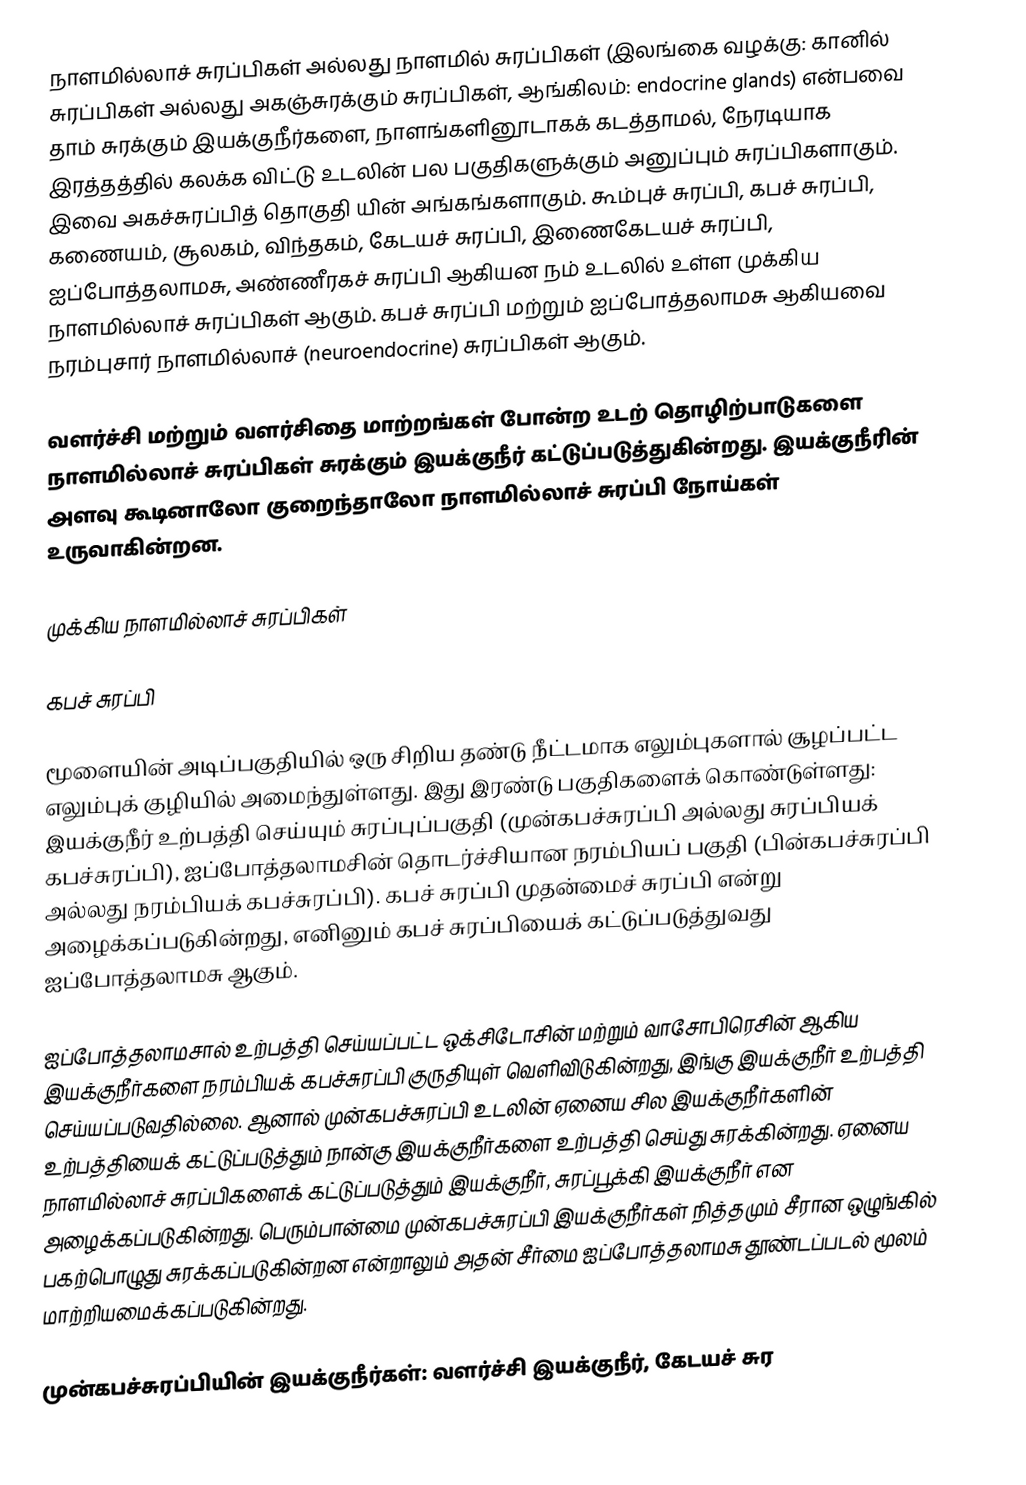
நாளமில்லாச் சுரப்பிகள் அல்லது நாளமில் சுரப்பிகள் (இலங்கை வழக்கு: கானில் சுரப்பிகள் அல்லது அகஞ்சுரக்கும் சுரப்பிகள், ஆங்கிலம்: endocrine glands) என்பவை தாம் சுரக்கும் இயக்குநீர்களை, நாளங்களினூடாகக் கடத்தாமல், நேரடியாக இரத்தத்தில் கலக்க விட்டு உடலின் பல பகுதிகளுக்கும் அனுப்பும் சுரப்பிகளாகும். இவை அகச்சுரப்பித் தொகுதி யின் அங்கங்களாகும். கூம்புச் சுரப்பி, கபச் சுரப்பி, கணையம், சூலகம், விந்தகம், கேடயச் சுரப்பி, இணைகேடயச் சுரப்பி, ஐப்போத்தலாமசு, அண்ணீரகச் சுரப்பி ஆகியன நம் உடலில் உள்ள முக்கிய நாளமில்லாச் சுரப்பிகள் ஆகும்.  கபச் சுரப்பி மற்றும் ஐப்போத்தலாமசு ஆகியவை நரம்புசார் நாளமில்லாச் (neuroendocrine) சுரப்பிகள் ஆகும்.

வளர்ச்சி மற்றும் வளர்சிதை மாற்றங்கள் போன்ற உடற் தொழிற்பாடுகளை நாளமில்லாச் சுரப்பிகள் சுரக்கும் இயக்குநீர் கட்டுப்படுத்துகின்றது. இயக்குநீரின் அளவு கூடினாலோ குறைந்தாலோ நாளமில்லாச் சுரப்பி நோய்கள் உருவாகின்றன.

முக்கிய நாளமில்லாச் சுரப்பிகள்

கபச் சுரப்பி

மூளையின் அடிப்பகுதியில் ஒரு சிறிய தண்டு நீட்டமாக எலும்புகளால் சூழப்பட்ட எலும்புக் குழியில் அமைந்துள்ளது. இது இரண்டு பகுதிகளைக் கொண்டுள்ளது: இயக்குநீர் உற்பத்தி செய்யும் சுரப்புப்பகுதி (முன்கபச்சுரப்பி அல்லது சுரப்பியக் கபச்சுரப்பி), ஐப்போத்தலாமசின் தொடர்ச்சியான நரம்பியப் பகுதி (பின்கபச்சுரப்பி அல்லது நரம்பியக் கபச்சுரப்பி). கபச் சுரப்பி முதன்மைச் சுரப்பி என்று அழைக்கப்படுகின்றது, எனினும் கபச் சுரப்பியைக் கட்டுப்படுத்துவது  ஐப்போத்தலாமசு ஆகும்.

ஐப்போத்தலாமசால் உற்பத்தி செய்யப்பட்ட ஒக்சிடோசின் மற்றும் வாசோபிரெசின் ஆகிய இயக்குநீர்களை நரம்பியக் கபச்சுரப்பி குருதியுள் வெளிவிடுகின்றது, இங்கு இயக்குநீர் உற்பத்தி செய்யப்படுவதில்லை. ஆனால் முன்கபச்சுரப்பி உடலின் ஏனைய சில இயக்குநீர்களின் உற்பத்தியைக் கட்டுப்படுத்தும் நான்கு இயக்குநீர்களை உற்பத்தி செய்து சுரக்கின்றது. ஏனைய நாளமில்லாச் சுரப்பிகளைக் கட்டுப்படுத்தும் இயக்குநீர், சுரப்பூக்கி இயக்குநீர் என அழைக்கப்படுகின்றது. பெரும்பான்மை முன்கபச்சுரப்பி இயக்குநீர்கள் நித்தமும் சீரான ஒழுங்கில் பகற்பொழுது சுரக்கப்படுகின்றன என்றாலும் அதன் சீர்மை ஐப்போத்தலாமசு தூண்டப்படல் மூலம் மாற்றியமைக்கப்படுகின்றது.

முன்கபச்சுரப்பியின் இயக்குநீர்கள்: வளர்ச்சி இயக்குநீர், கேடயச் சுர